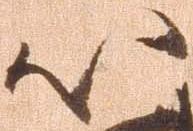
以